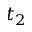
t _ { 2 }